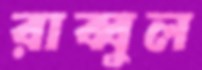
রাব্বুল